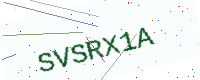
Text: SVSRX1A